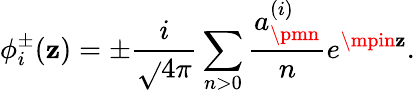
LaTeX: \phi_{i}^{\pm}(\mathbf{z})=\pm\frac{{i}}{{\sqrt{}{{4\pi}}}}\sum_{n>0}\frac{{a_{\pmn}^{(i)}}}{{n}}e^{\mpin\mathbf{z}}.